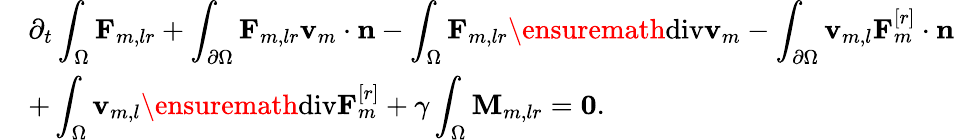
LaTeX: \begin{array}{rl}&{\displaystyle\partial_{t}\int_{\Omega}\mathbf{F}_{m,lr}+\int_{\partial\Omega}\mathbf{F}_{m,lr}\mathbf{v}_{m}\cdot\mathbf{n}-\int_{\Omega}\mathbf{F}_{m,lr}\ensuremath{\operatorname{div}}\mathbf{v}_{m}-\int_{\partial\Omega}\mathbf{v}_{m,l}\mathbf{F}_{m}^{[r]}\cdot\mathbf{n}}\\ &{\displaystyle+\int_{\Omega}\mathbf{v}_{m,l}\ensuremath{\operatorname{div}}\mathbf{F}_{m}^{[r]}+\gamma\int_{\Omega}\mathbf{M}_{m,lr}=\mathbf{0}.}\end{array}